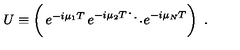
U \equiv \left( \begin{matrix} { e ^ { - i \mu _ { 1 } T } } & { } & { } \\ { } & { e ^ { - i \mu _ { 2 } T } } & { } & { } \\ { } & { } & { \ddots } & { } \\ { } & { } & { } & { e ^ { - i \mu _ { N } T } } & { } \\ \end{matrix} \right) \ .